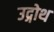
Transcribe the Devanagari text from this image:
उद्गोथ